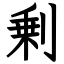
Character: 剰